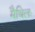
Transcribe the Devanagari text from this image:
मैथिलः